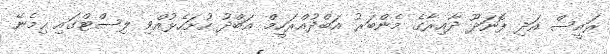
ރައީސް އަދި ފޮނަދޫ ދާއިރާގެ މެންބަރު އަބްދުއްރަހީމް އަބްދު ހުށަހެޅުއްވި ލިސްޓްގައި ހިމެނޭ